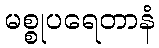
မစ္စုပရေတာနံ